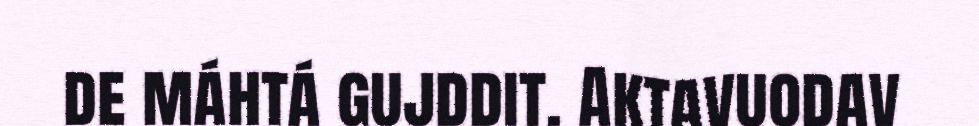
de máhtá gujddit. Aktavuodav